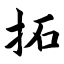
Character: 拓